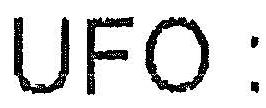
UFO :